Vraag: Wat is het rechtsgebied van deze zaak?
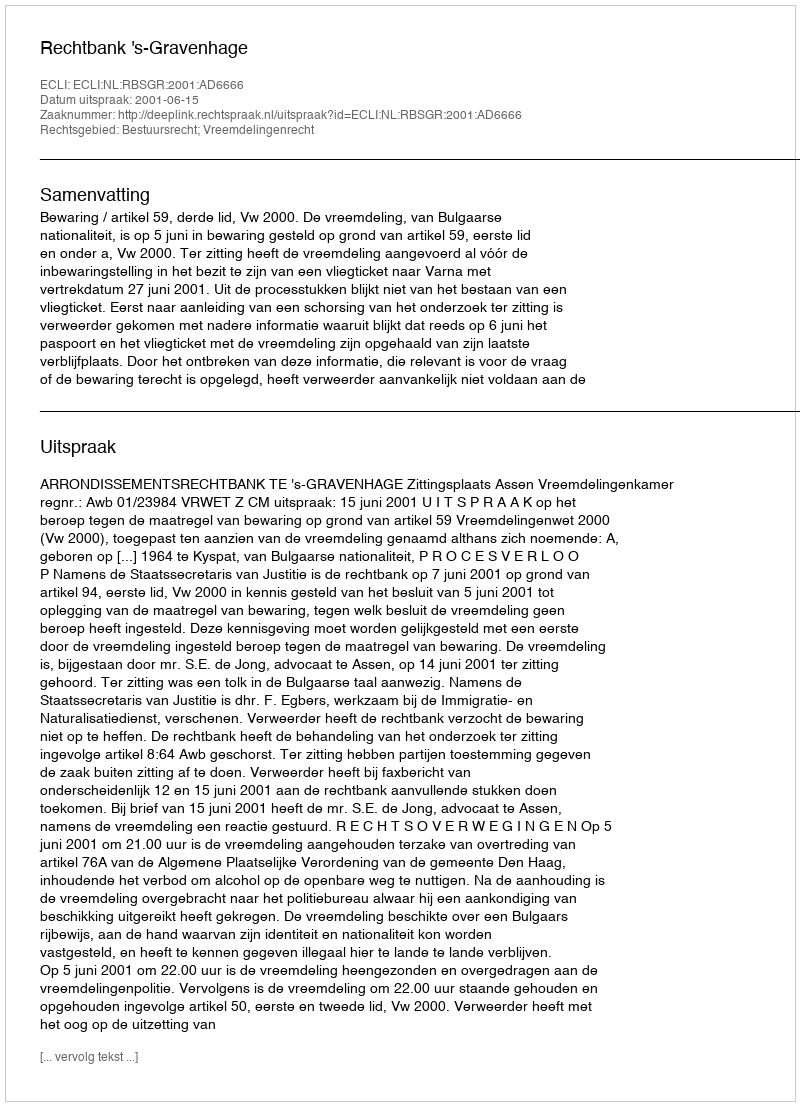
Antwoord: Bestuursrecht; Vreemdelingenrecht